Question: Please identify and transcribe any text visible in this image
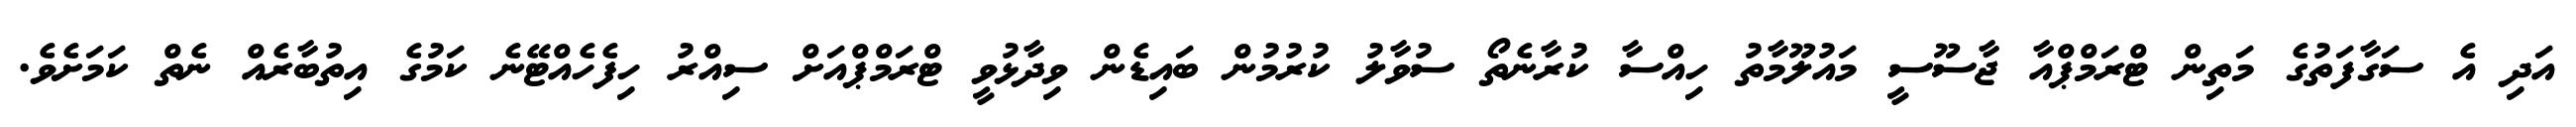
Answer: އަދި އެ ސަގާފަތުގެ މަތިން ޓްރަމްޕްއާ ޖާސޫސީ މައުލޫމާތު ހިއްސާ ކުރާނެތޯ ސުވާލު ކުރުމުން ބައިޑެން ވިދާޅުވީ ޓްރަމްޕްއަށް ސިއްރު ހިފެހެއްޓޭނެ ކަމުގެ އިތުބާރެއް ނެތް ކަމަށެވެ.